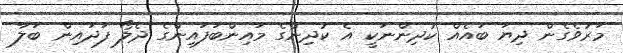
މަރުވެގެން ދިޔަ ބައެއް ކުދިންނަކީ އެ ކުދިންގެ މައިންބަފައިންގެ ދެލޯ ފަދައިން ބަލާ